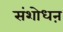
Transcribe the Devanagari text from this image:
संशोधऩ